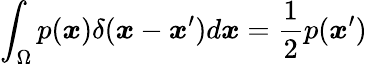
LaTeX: \displaystyle\int_{\Omega}p(\boldsymbol{\mathit{x}})\delta(\boldsymbol{\mathit{x}}-\boldsymbol{\mathit{x}}^{\prime})d\boldsymbol{\mathit{x}}=\frac{1}{2}p(\boldsymbol{\mathit{x}}^{\prime})